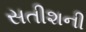
સતીશની